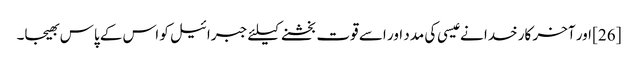
[26] اور آخر کار خدا نے عیسی کی مدد اور اسے قوت بخشنے کیلئے جبرائیل کو اس کے پاس بھیجا۔